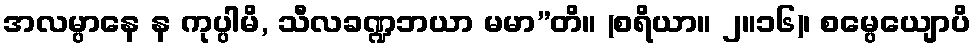
အလမ္ပာနေ န ကုပ္ပါမိ, သီလခဏ္ဍဘယာ မမာ”တိ။ (စရိယာ။ ၂။၁၆)၊ စမ္ပေယျောပိ